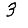
Digit: 3